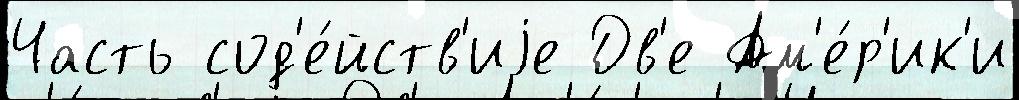
Часть сод'е́йств'иjе Дв'е Ам'е́р'ик'и